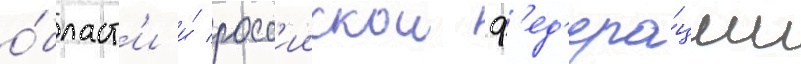
о́бласт'и и́ росс'иискои ф'ед'ера́ции